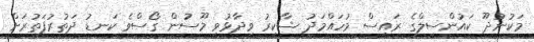
މަކުނުދޫ ކައުންސިލްގެ ރައީސް މުހައްމަދު ޝާކިރު ވިދާޅުވީ މޫސުން ގޯސްވެ ކަނޑު ދަތުރުފަތުރަށް